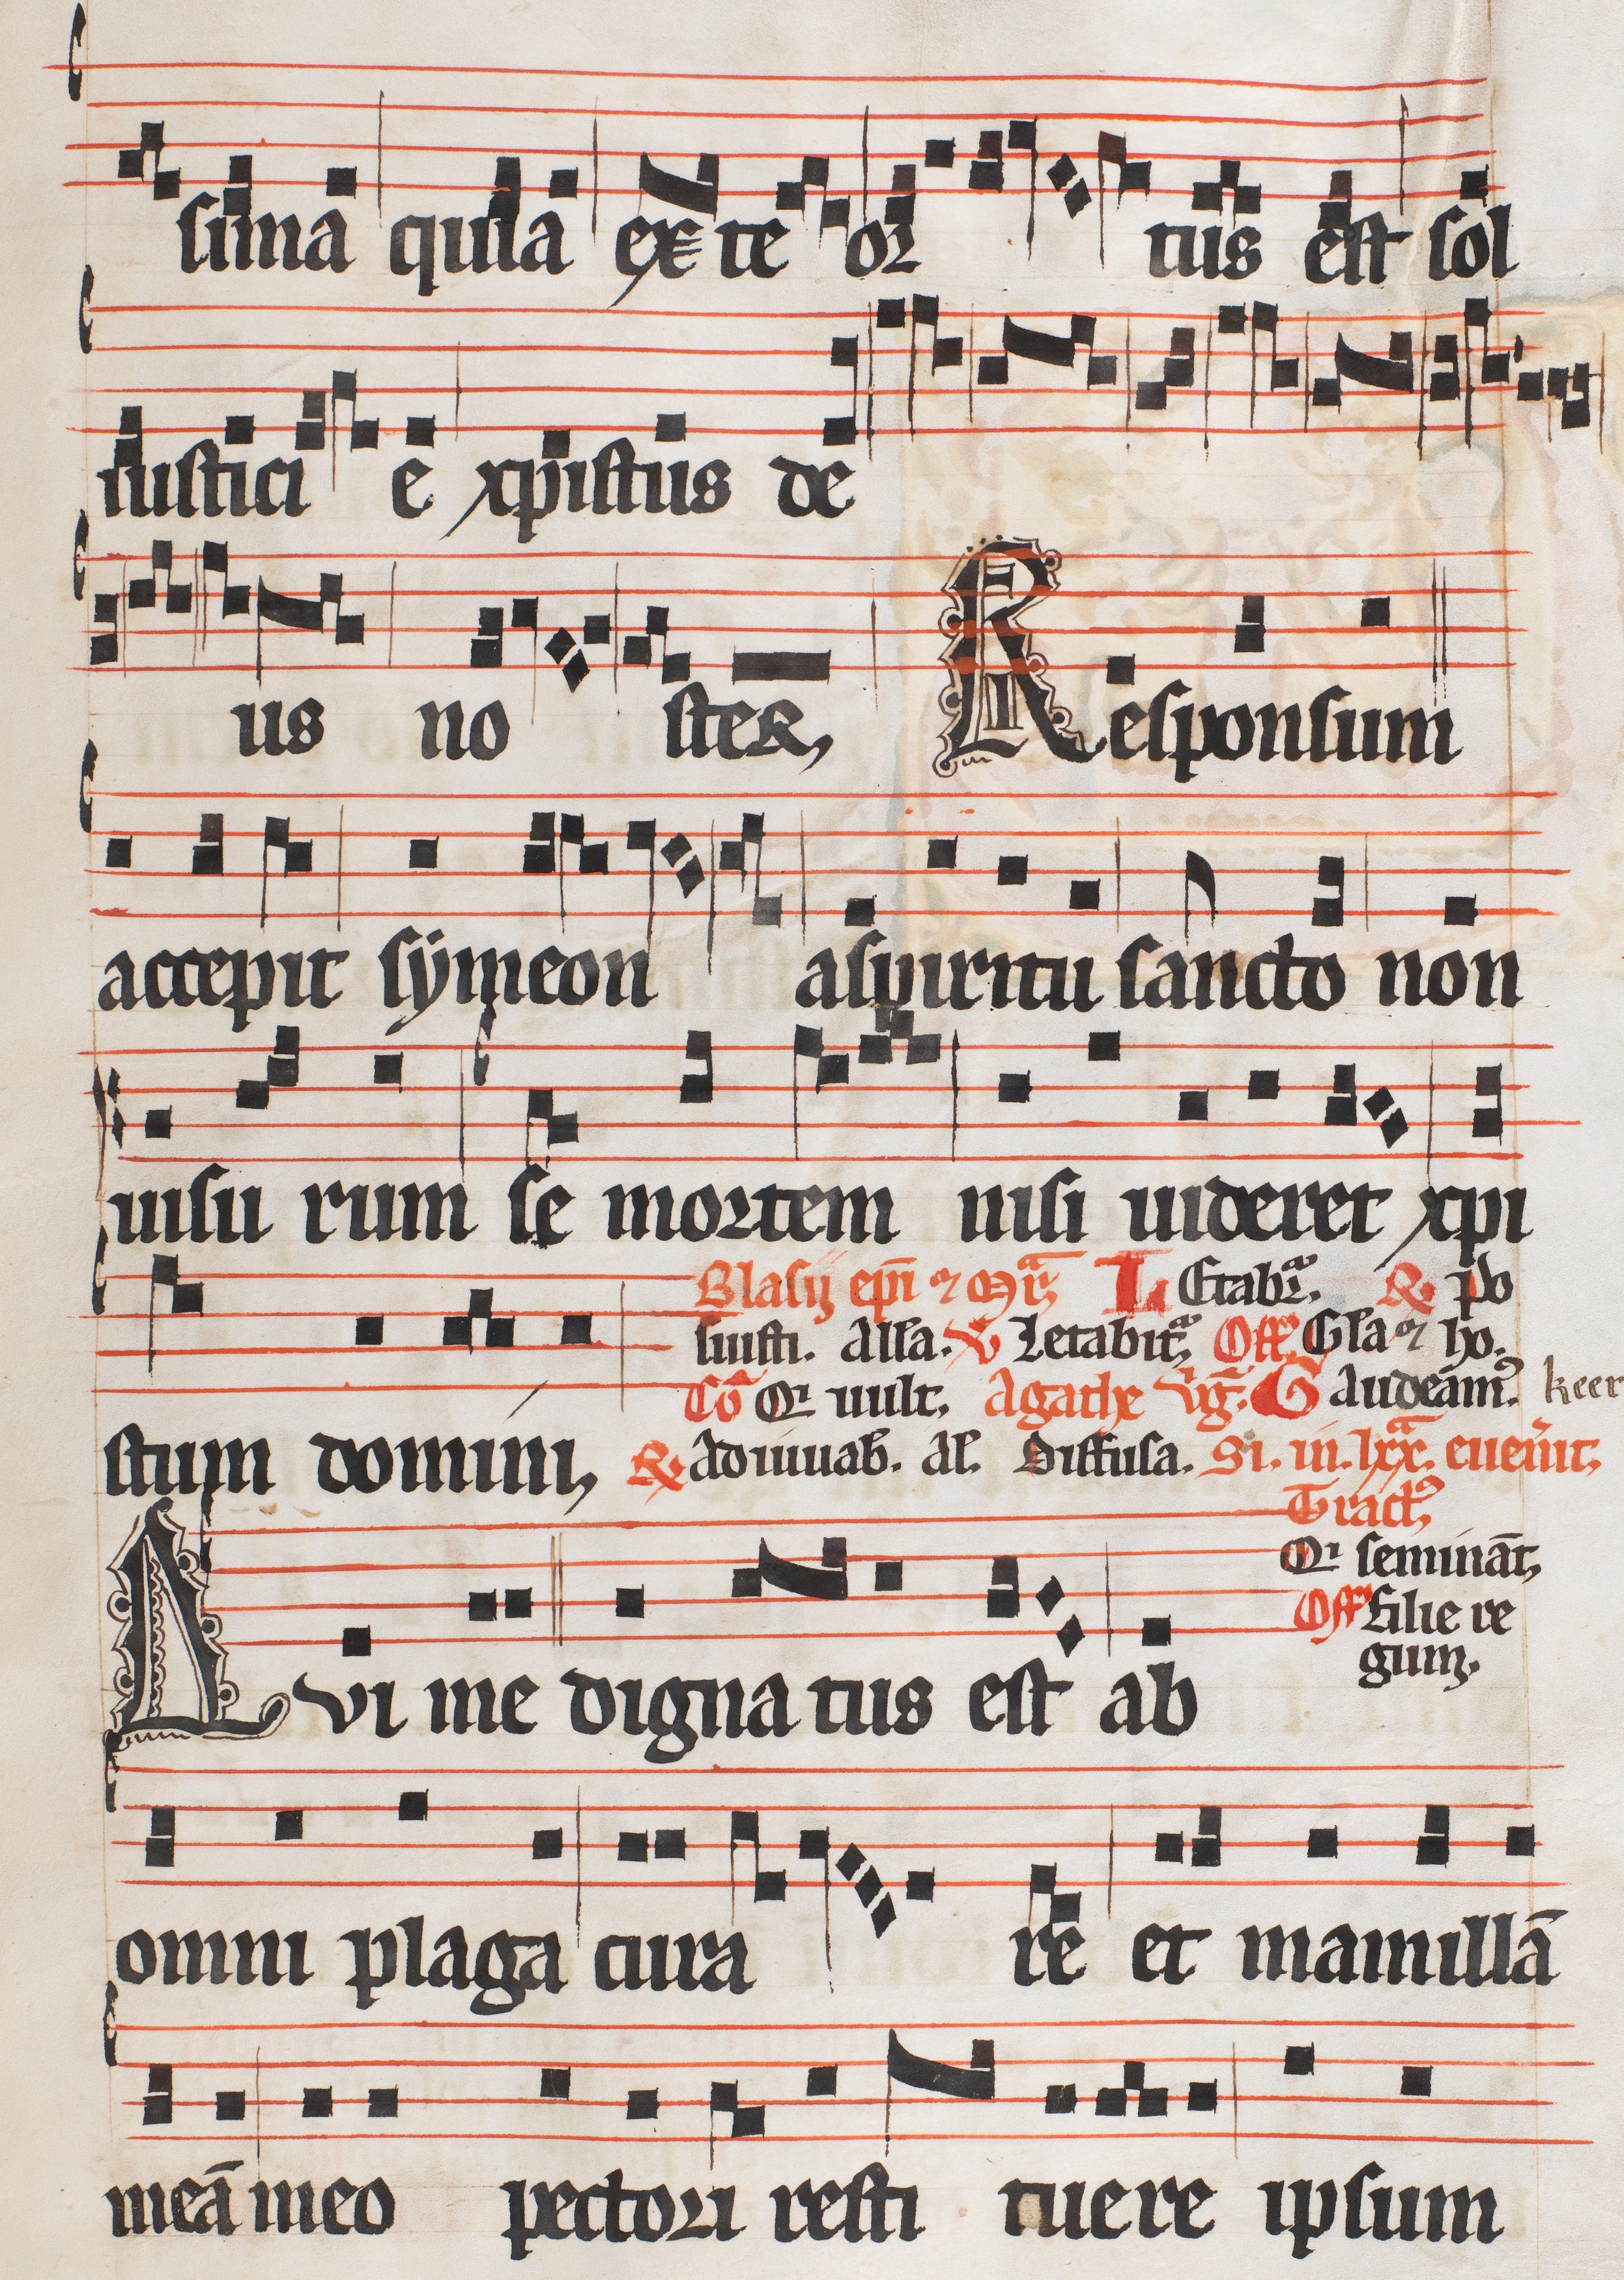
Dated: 1300–1327